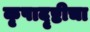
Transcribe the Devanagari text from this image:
कृपादृष्टीचा